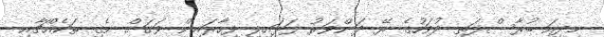
މިދިއަ ބުރާސްފަތި ދުވަހުގެ ރޭ ދަންވަރު ފަޅައިލި ފިހާރައިން ވަގަށް ނެގި ތަކެއްޗާއި